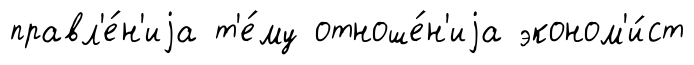
правл'е́н'иjа т'е́му отноше́н'иjа эконом'и́ст